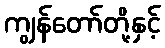
ကျွန်တော်တို့နှင့်